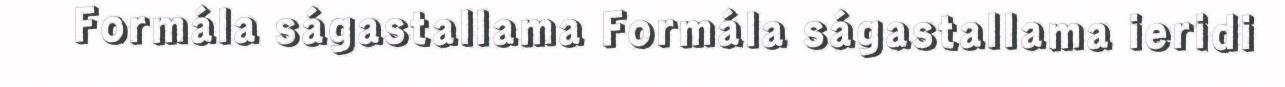
Formála ságastallama Formála ságastallama ieridi